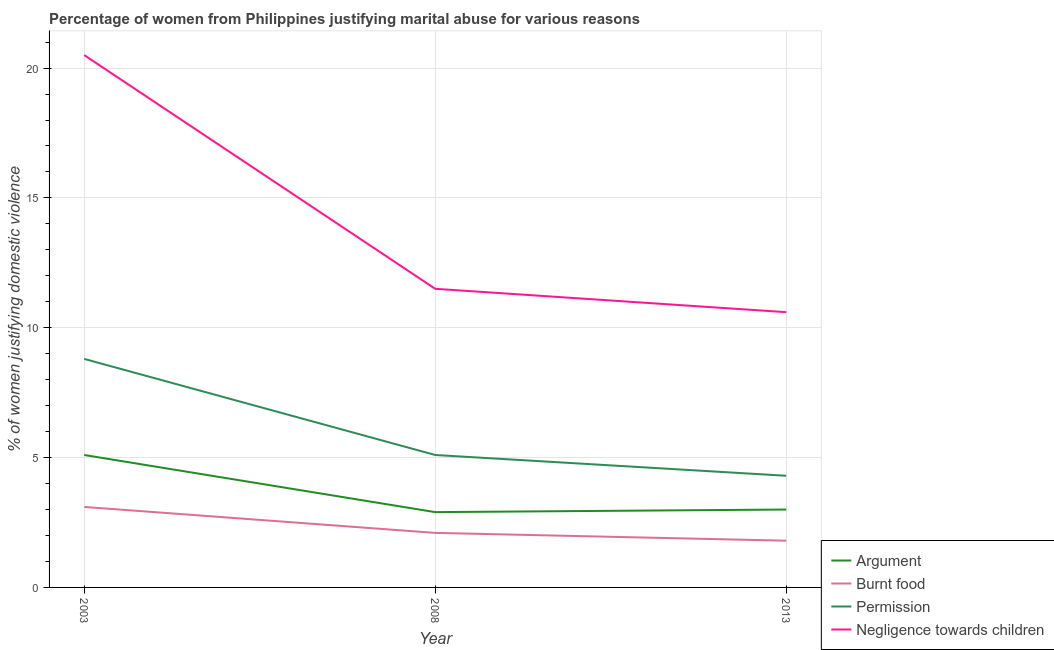
| Year | Argument | Burnt food | Permission | Negligence towards children |
 | --- | --- | --- | --- | --- |
 | 2003 | 5.1 | 3.1 | 8.8 | 20.5 |
 | 2008 | 2.9 | 2.1 | 5.1 | 11.5 |
 | 2013 | 3 | 1.8 | 4.3 | 10.6 |